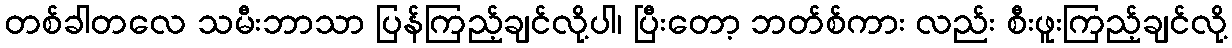
တစ်ခါတလေ သမီးဘာသာ ပြန်ကြည့်ချင်လို့ပါ၊ ပြီးတော့ ဘတ်စ်ကား လည်း စီးဖူးကြည့်ချင်လို့